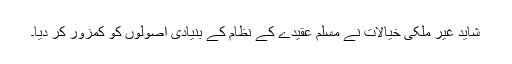
شاید غیر ملکی خیالات نے مسلم عقیدے کے نظام کے بنیادی اصولوں کو کمزور کر دیا۔